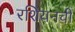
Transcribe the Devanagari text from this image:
रशियनची